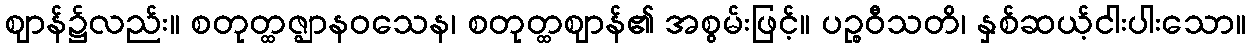
ဈာန်၌လည်း။ စတုတ္ထဇ္ဈာနဝသေန၊ စတုတ္ထဈာန်၏ အစွမ်းဖြင့်။ ပဉ္စဝီသတိ၊ နှစ်ဆယ့်ငါးပါးသော။